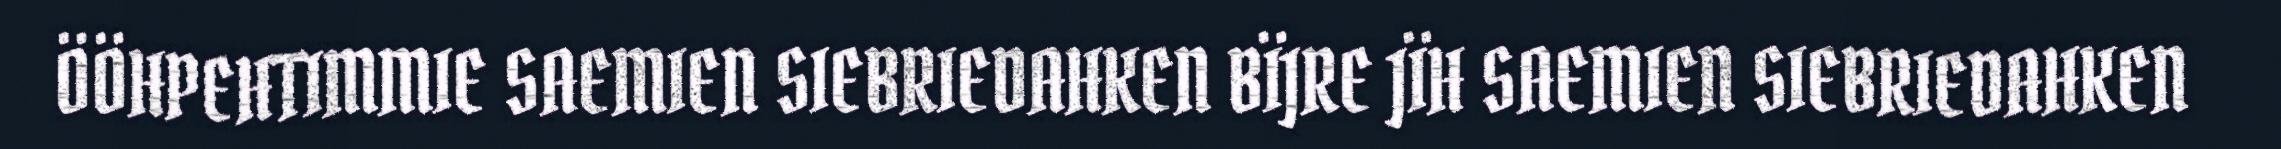
ÖÖHPEHTIMMIE SAEMIEN SIEBRIEDAHKEN BÏJRE JÏH SAEMIEN SIEBRIEDAHKEN